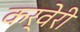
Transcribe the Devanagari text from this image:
कर्वेरी